DOW-UAP-D49, Launch Summary, Vandenberg AFB, 2000
Agency: Department of War
Incident date: 2/3/00
Page 101
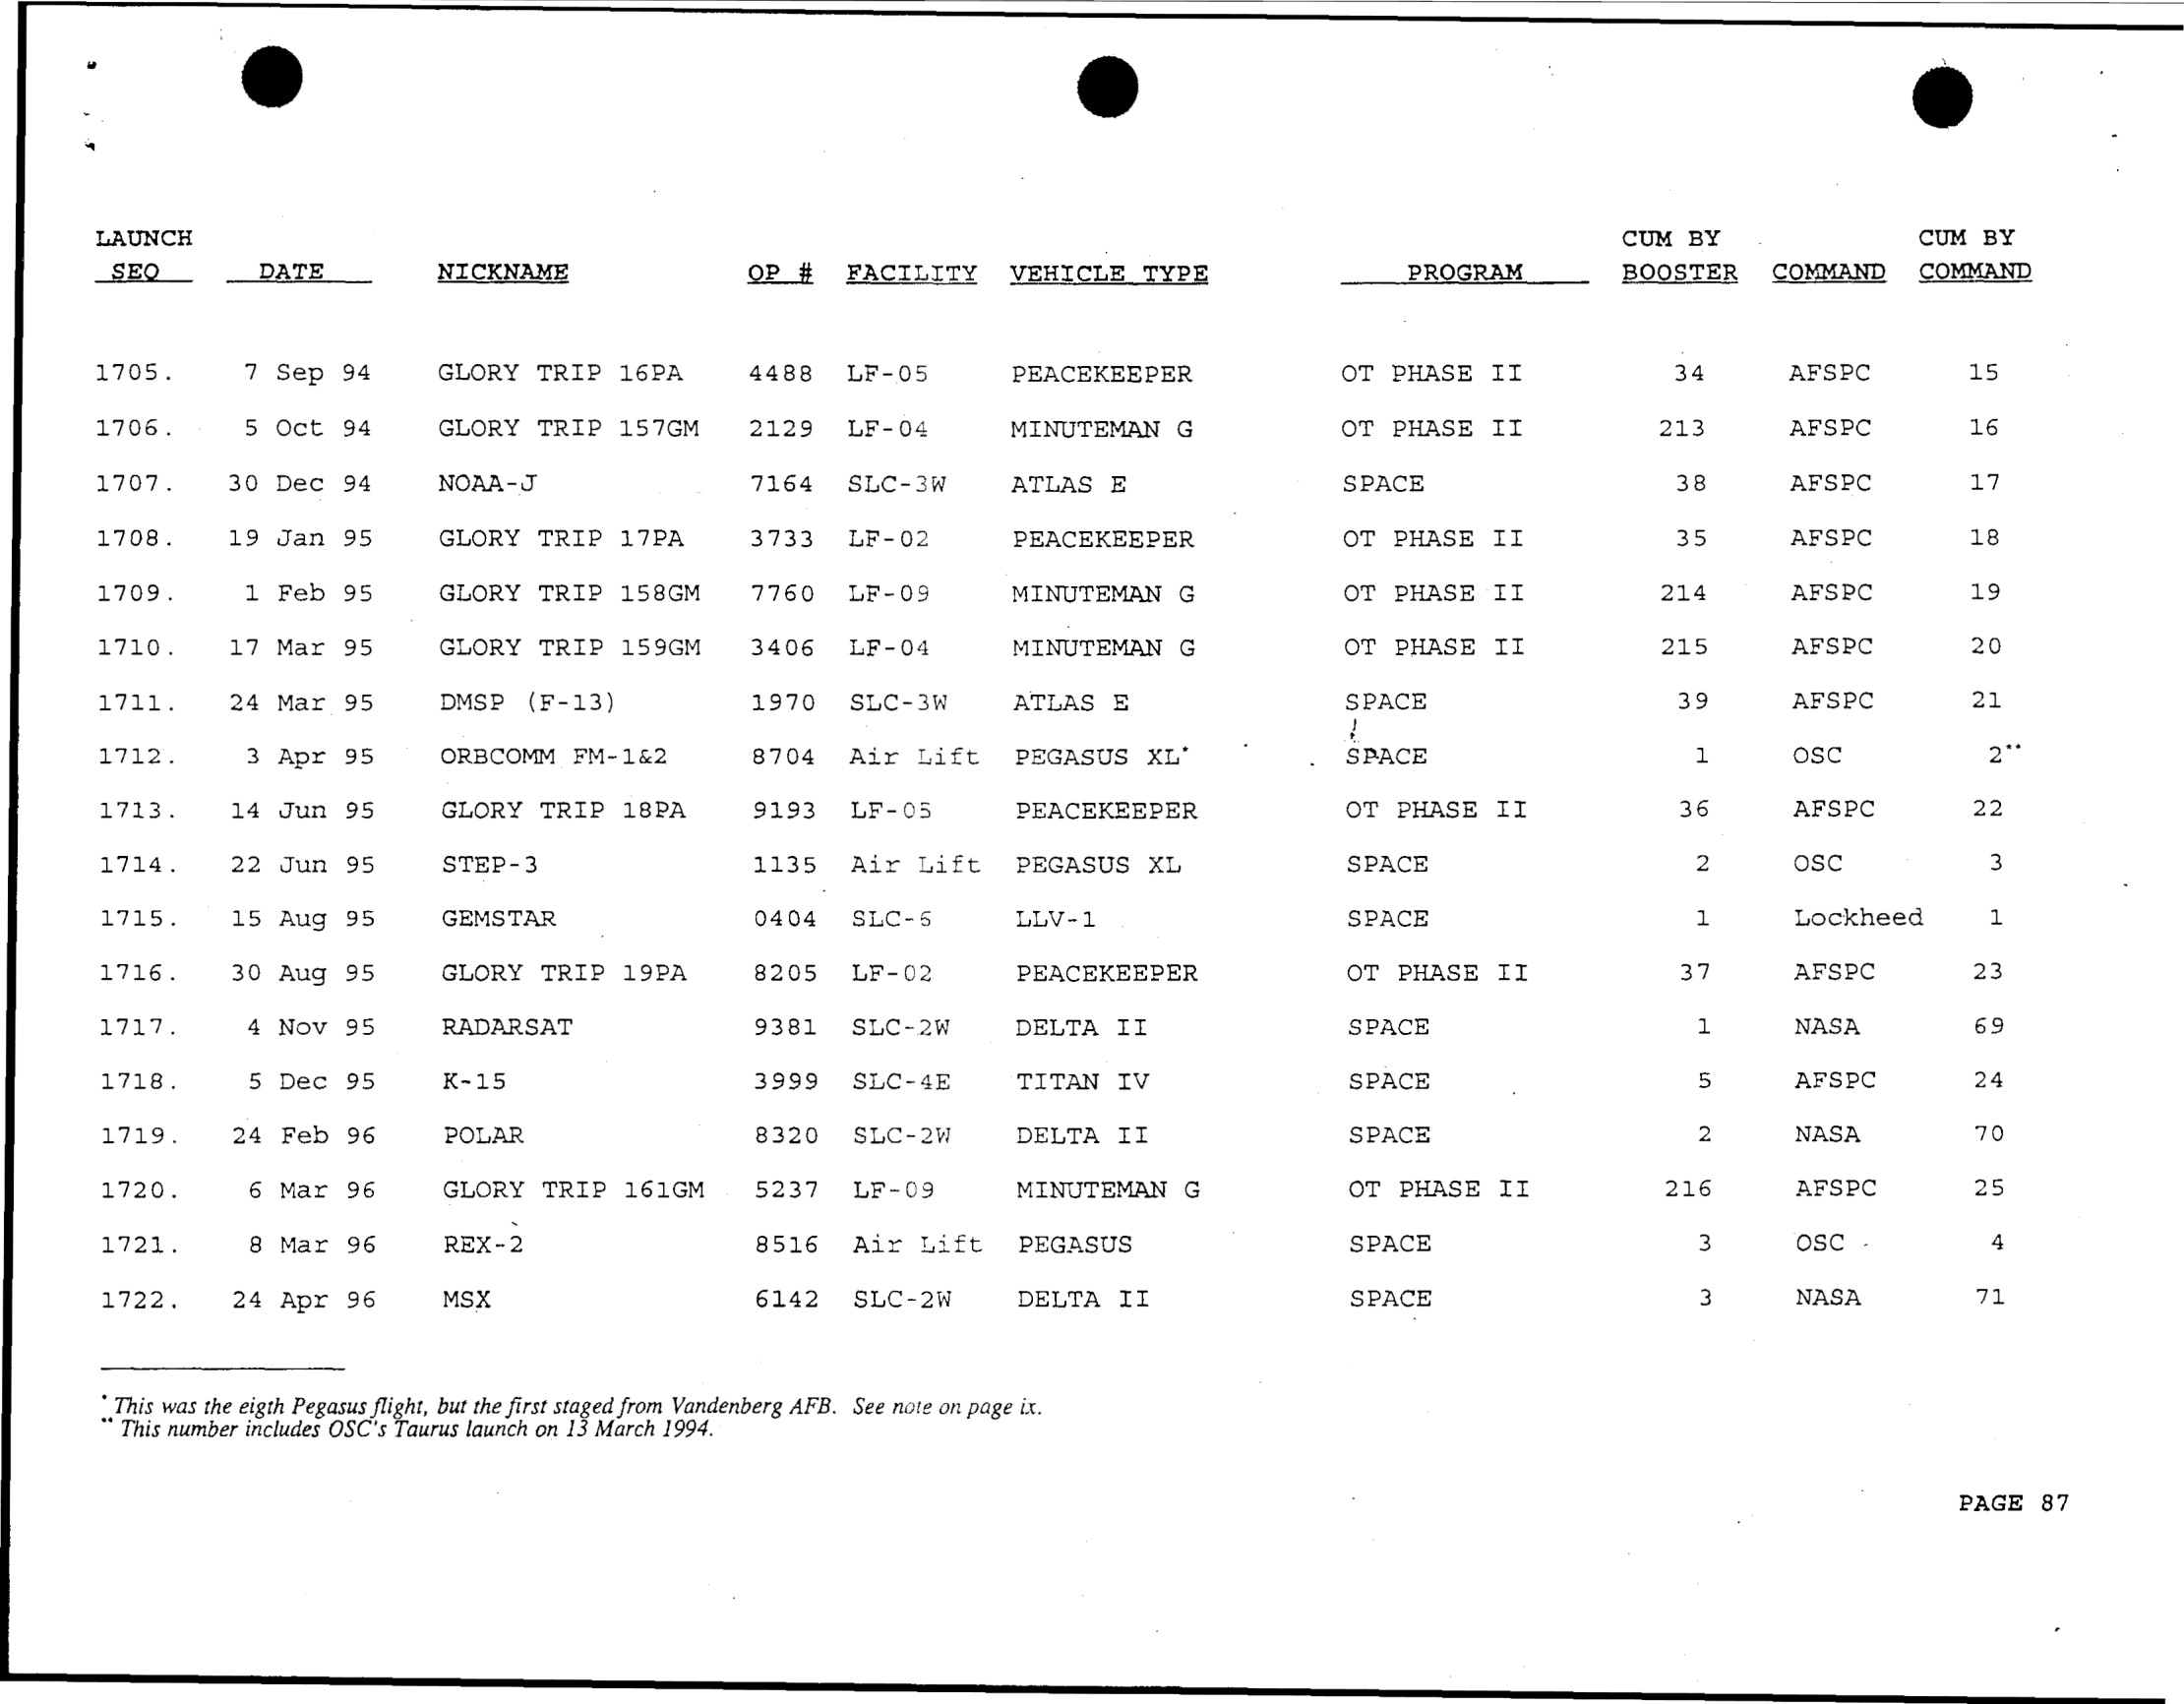